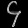
Digit: ၄